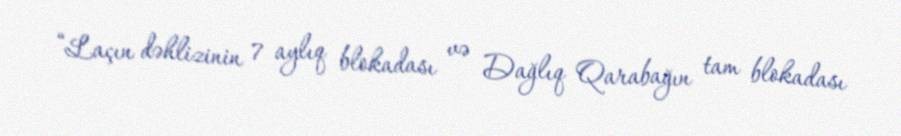
“Laçın dəhlizinin 7 aylıq blokadası və Dağlıq Qarabağın tam blokadası